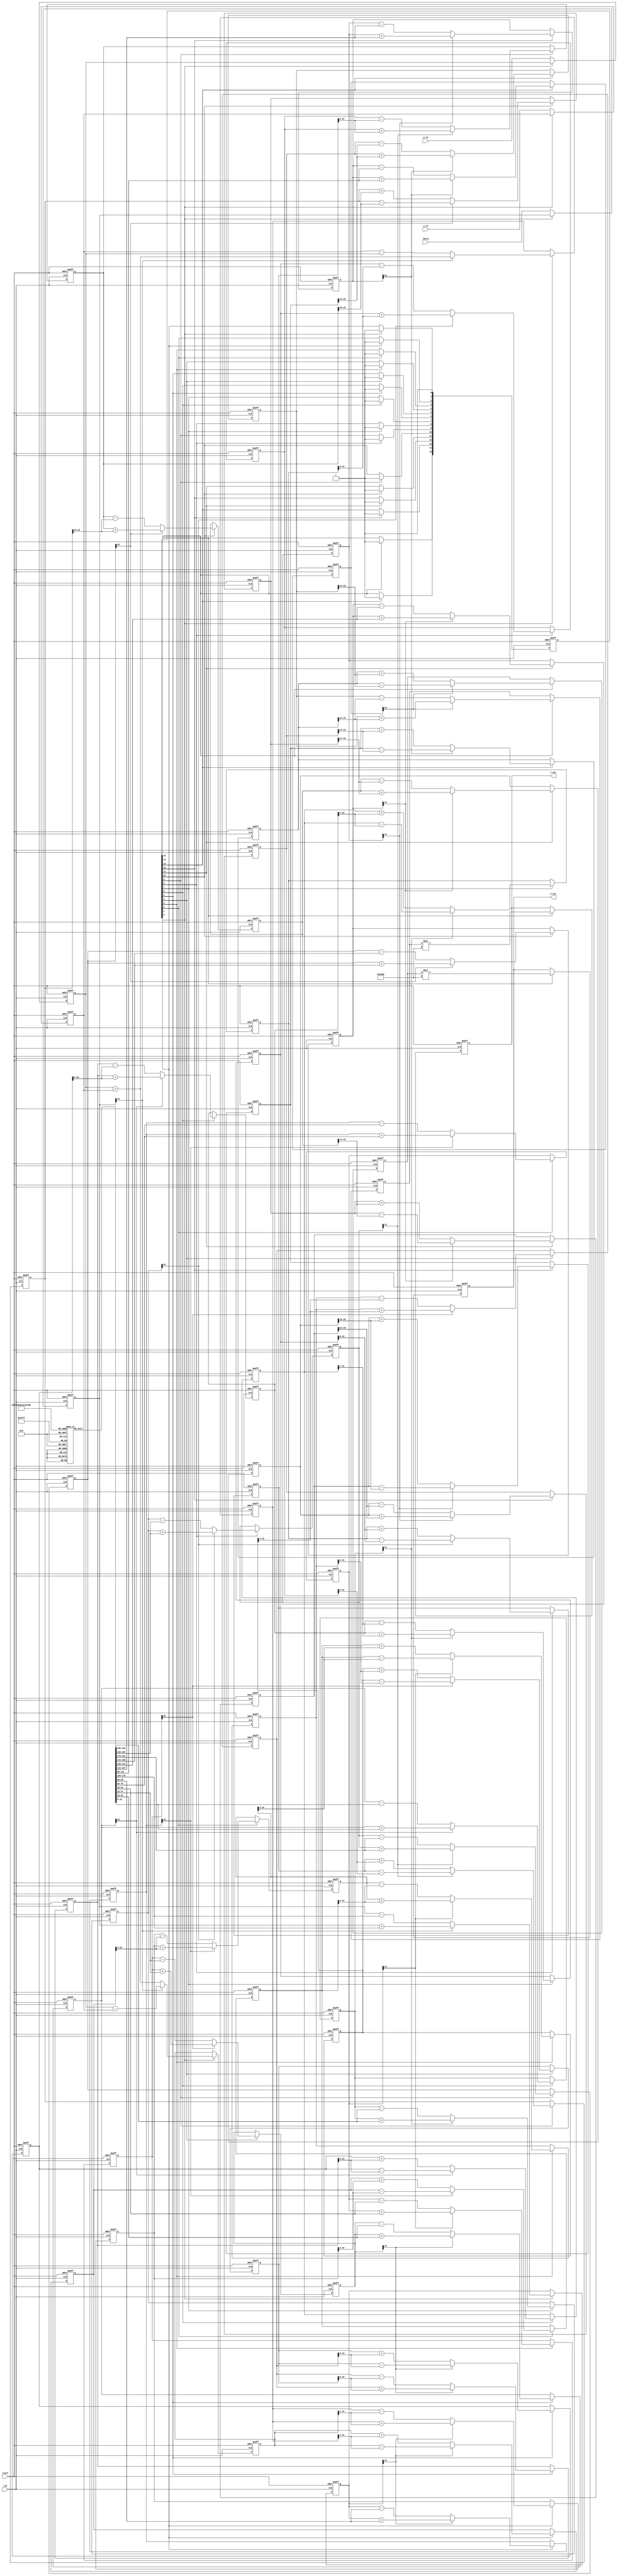
module pipelined_cordic (
    input wire clk,
    input wire reset,
    input wire [15:0] theta, // Angle input in fixed-point format
    input wire [15:0] x_in,   // Initial X vector
    input wire [15:0] y_in,   // Initial Y vector
    output reg [15:0] x_out,   // Rotated X output
    output reg [15:0] y_out    // Rotated Y output
);

    // CORDIC parameters
    parameter NUM_STAGES = 16; // Number of pipeline stages
    parameter K = 16'h26DD;     // Scaling factor (K = 1/sqrt(1 + 2^-2))

    // Internal registers
    reg [15:0] x_reg [0:NUM_STAGES-1]; // Pipeline registers for X
    reg [15:0] y_reg [0:NUM_STAGES-1]; // Pipeline registers for Y
    reg [15:0] theta_reg [0:NUM_STAGES-1]; // Pipeline registers for theta
    reg [NUM_STAGES-1:0] stage_done; // Stage completion flags

    // Rotation angles (arctan(2^-i) in fixed-point format)
    reg [15:0] angle_table [0:NUM_STAGES-1];
    initial begin
        angle_table[0] = 16'h2000; // atan(1) = 45 degrees
        angle_table[1] = 16'h1666; // atan(1/2)
        angle_table[2] = 16'h0D89; // atan(1/4)
        angle_table[3] = 16'h0A3D; // atan(1/8)
        // Fill in the rest of the angle table...
    end

    // Pipeline logic
    integer i;
    always @(posedge clk or posedge reset) begin
        if (reset) begin
            // Reset all registers
            for (i = 0; i < NUM_STAGES; i = i + 1) begin
                x_reg[i] <= 16'b0;
                y_reg[i] <= 16'b0;
                theta_reg[i] <= 16'b0;
                stage_done[i] <= 1'b0;
            end
            x_out <= 16'b0;
            y_out <= 16'b0;
        end else begin
            // Stage 0: Initialize inputs
            if (!stage_done[0]) begin
                x_reg[0] <= x_in;
                y_reg[0] <= y_in;
                theta_reg[0] <= theta;
                stage_done[0] <= 1'b1;
            end

            // Pipeline stages
            for (i = 0; i < NUM_STAGES - 1; i = i + 1) begin
                if (stage_done[i]) begin
                    // Perform rotation
                    if (theta_reg[i][15] == 1'b0) begin // theta > 0
                        x_reg[i + 1] <= x_reg[i] - (y_reg[i] >> i);
                        y_reg[i + 1] <= y_reg[i] + (x_reg[i] >> i);
                        theta_reg[i + 1] <= theta_reg[i] - angle_table[i];
                    end else begin // theta < 0
                        x_reg[i + 1] <= x_reg[i] + (y_reg[i] >> i);
                        y_reg[i + 1] <= y_reg[i] - (x_reg[i] >> i);
                        theta_reg[i + 1] <= theta_reg[i] + angle_table[i];
                    end
                    stage_done[i + 1] <= 1'b1;
                end
            end

            // Final stage output
            if (stage_done[NUM_STAGES - 1]) begin
                x_out <= x_reg[NUM_STAGES - 1] * K; // Apply scaling
                y_out <= y_reg[NUM_STAGES - 1] * K; // Apply scaling
            end
        end
    end
endmodule